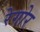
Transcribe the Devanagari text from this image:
रेगोर